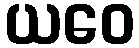
ယဝေ